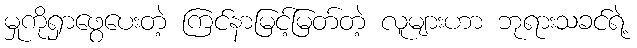
မှုကိုရှာဖွေပေးတဲ့ ကြင်နာမြင့်မြတ်တဲ့ လူများဟာ ဘုရားသခင်ရဲ့